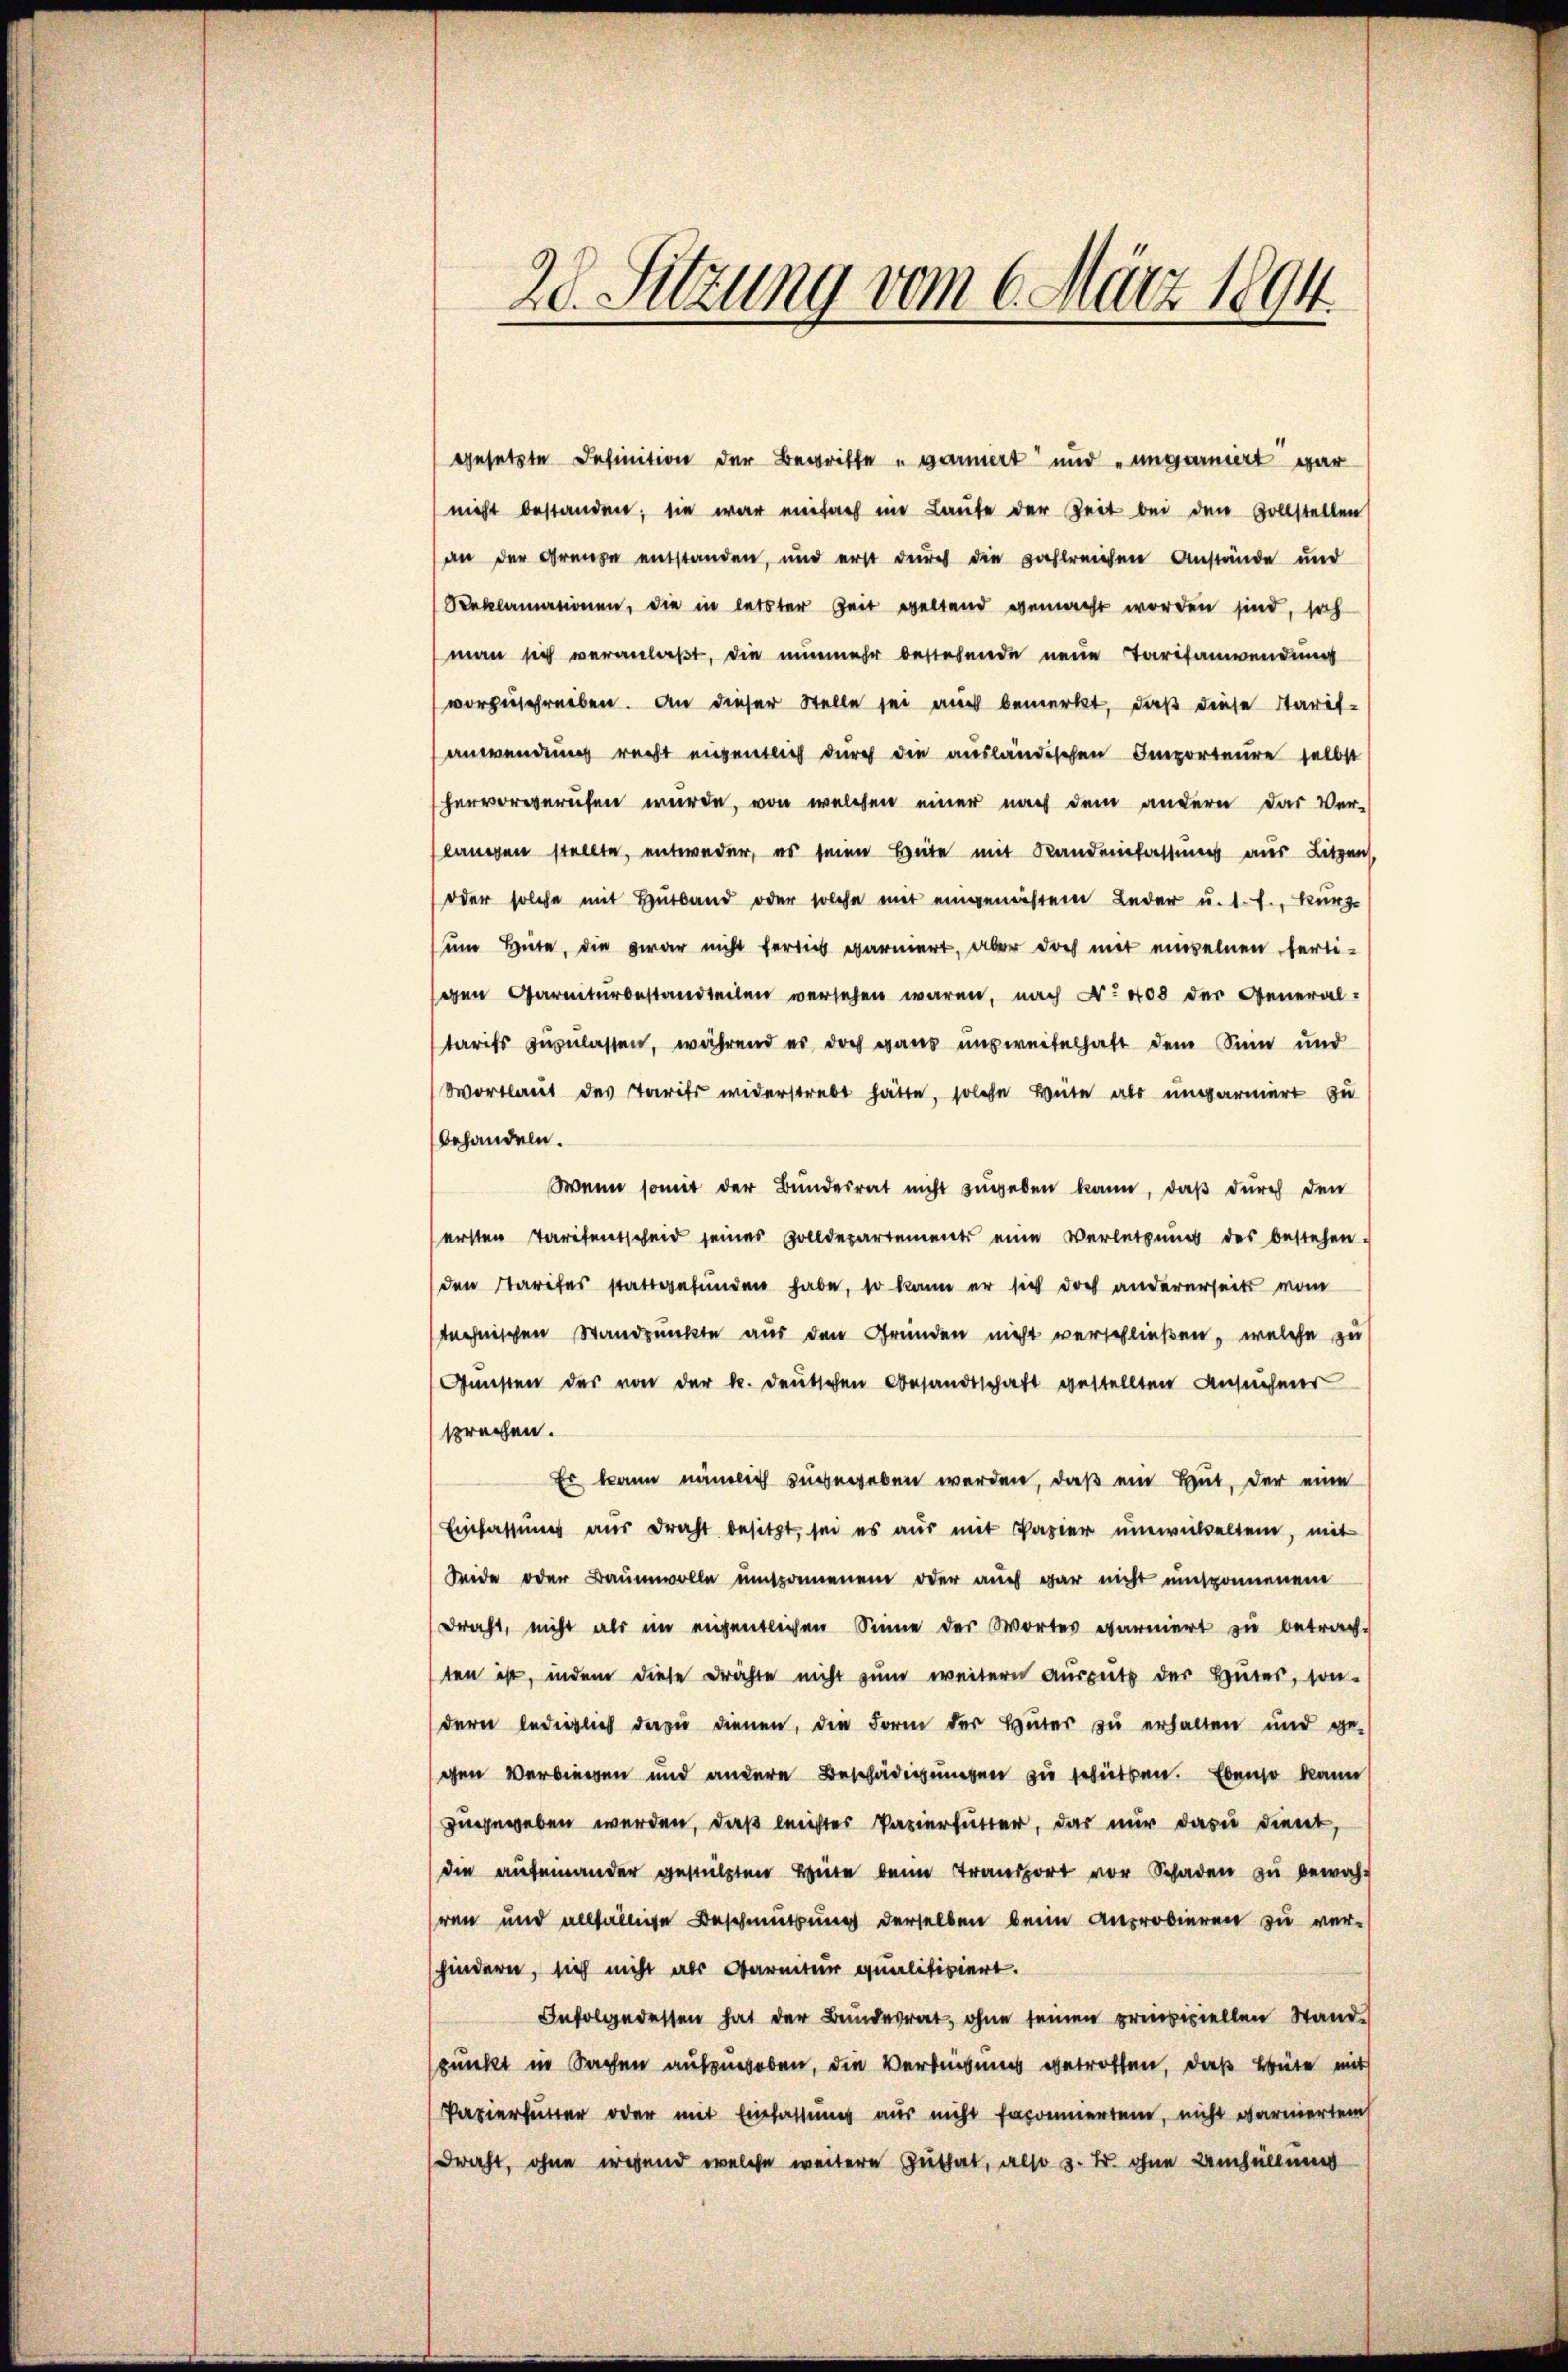
20. Sitzung vom 6. März 1894

gesetzte Definition der Begriffe u garniert und „ungarniert war
nicht bestanden; sie war einfach im Laute der Zeit bei den vollstellen
an der Grenze entstanden, und erst durch die zahlreichen Anstände und
Reklamationen, die in letzter Zeit weltend gemacht worden sind, soh
man sich veranlaßt, die nunmehr bestehende neue Tarifanwendung
vorzuschreiben. An dieser Stelle sei auch bemerkt, daß diese Tarif-
anwendung recht eigentlich durch die ausländischen Importeure selbst
hervorgerufen wurde, von welchen einer nach dem andern das Ver-
langen stellte, entweder, es seine Hüte mit Handenstattung aus Litzen
oder solche mit Hütband oder solche mit eingenossem Leder u. s. f., kurz
um Hüte, die zwar nicht fertig garniert, aber doch mit einzelnen ferti-
gen Garniturbestandteilen versehen waren, nach No. 408 der General-
tarifs zuzulassen, während es doch gans unzweifelhaft dem Sinn und
Wortlaut des Tarif widerstrebt hätte, solche Hüte als ungarnirt zu
behandeln.
Wenn somit der Bundesrat nicht zugeben kann, daß durch den
ersten Taritentscheid seines Zolldepartements eine Verletzung des bestehen
den Starifes stattgefunden habe, so kann er sich doch andererseits vom
technischen Standpunkte aus den Gründen nicht verschließen, welche zu
Gŭnsten des von der k. deutschen Besandtschaft gestellten Ansucher
sprechen.
Er kann nämlich zugegeben werden, daß ein Hut, der eine
Einfassung aus Draht besitzt, sei es aus mit Papier unwickelten, mit
Seide oder Baumwolle umsomenen oder auch gar nicht umsponnenen
Draht, nicht als im eigentlichen Sinne der Wortes garniert zu betrach-
ten ist, indem diese drähte nicht zum weitern ausguts der Hutes, son-
dern lediglich dazu dienen, die Form der Hüter zu erhalten und ge-
gen Verbiegen und andere Beschädigungen zu schütten. Ebenso kann
zugegeben werden, daß leichter Varierfutter, das nur dazu dient,
die aufeinander gestützten Hüte beim Transport vor Schaden zu bewahr
ren und allfällige Beschmutzung derselben beim Ausrobieren zu verhindern, sich nicht als Garnitur qualitisiert.
Infolge dessen hat der Bundesrat, ohne seinen priviziellen Stand-
spunkt in Sachen aufzuheben, die Verbringung getroffen, daß Hüte mit
Papierfutter oder mit Einfassung aus nicht faponierten, nicht darniertem
Draht, ohne irgend welche weitere Zuthat, also z. B. ohne Umhüllung